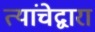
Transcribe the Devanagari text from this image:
त्यांचेद्वारा